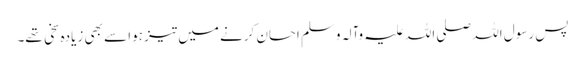
پس رسول اللہ صلی اللہ علیہ وآلہ وسلم احسان کرنے میں تیز ہوا سے بھی زیادہ سخی تھے۔